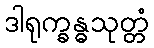
ဒါရုက္ခန္ဓသုတ္တံ